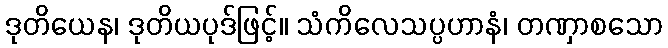
ဒုတိယေန၊ ဒုတိယပုဒ်ဖြင့်။ သံကိလေသပ္ပဟာနံ၊ တဏှာစသော